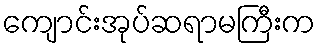
ကျောင်းအုပ်ဆရာမကြီးက